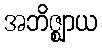
အဘိဇ္ဈာယ